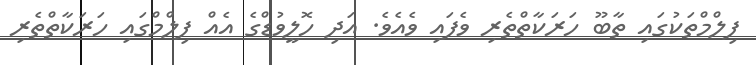
ފިލްމްތަކުގައި ތާބޫ ހަރަކާތްތެރި ވެފައި ވެއެވެ. އަދި ހޮލީވުޑްގެ އެއް ފިލްމްގައި ހަރަކާތްތެރި